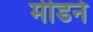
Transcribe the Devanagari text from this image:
मीडने